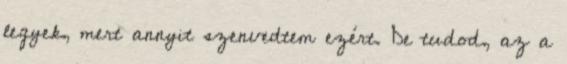
legyek, mert annyit szenvedtem ezért. De tudod, az a